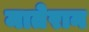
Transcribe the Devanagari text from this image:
मातेरान